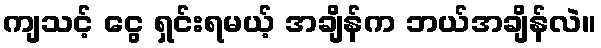
ကျသင့် ငွေ ရှင်းရမယ့် အချိန်က ဘယ်အချိန်လဲ။